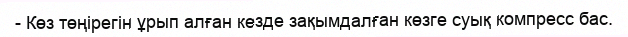
- Көз төңірегін ұрып алған кезде зақымдалған көзге суық компресс бас.